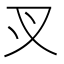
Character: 㕚